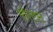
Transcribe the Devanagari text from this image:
मौन्टन